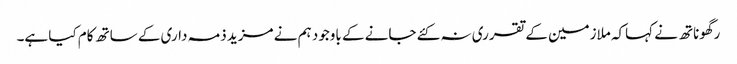
رگھوناتھ نے کہاکہ ملازمین کے تقرری نہ کئے جانے کے باوجود ہم نے مزید ذمہ داری کے ساتھ کام کیا ہے۔